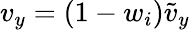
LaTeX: v_{y}=(1-w_{i})\tilde{v}_{y}